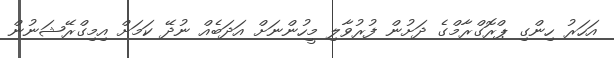
އަހަރު ހިންގި ޕްރޮގްރާމްގެ ދަށުން ފުރުވާލި މީހުންނަށް އަދަބެއް ނުދޭ ކަމަށް އިމިގްރޭޝަނުން